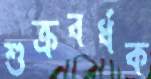
শুক্রবর্ধক